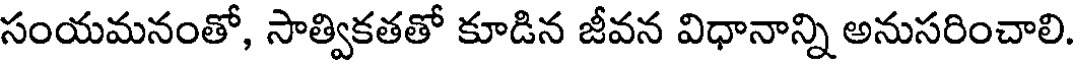
సంయమనంతో, సాత్వికతతో కూడిన జీవన విధానాన్ని అనుసరించాలి.